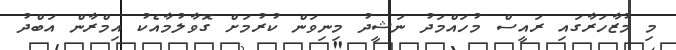
މި މުޒާހަރާގައި ރައީސް މުހައްމަދު ނަޝީދު މިނިވަން ކުރުމަށް ގޮވާލުމާއެކު އިމްރާން އަބްދު